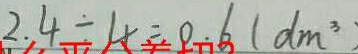
2 . 4 \div 4 = 0 . 6 ( d m ^ { 3 } )